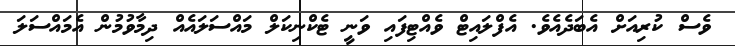
ވެސް ކުރިއަށް އެބަދެއެވެ. އެފްލައިޓް ވެއްޓިފައި ވަނީ ޓެކްނިކަލް މައްސަލައެއް ދިމާވުމުން އެމައްސަލަ